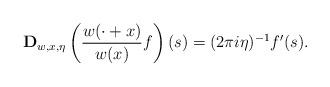
LaTeX: \begin{align*} \mathbf{D}_{w,x,\eta}\left(\frac{w(\cdot+x)}{w(x)}f\right)(s) = (2\pi i \eta)^{-1}f'(s). \end{align*}